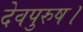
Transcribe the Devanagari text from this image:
देवपुरुष।